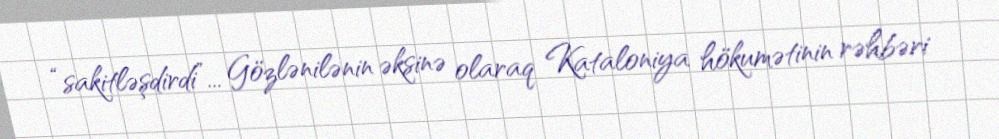
“sakitləşdirdi”... Gözlənilənin əksinə olaraq Kataloniya hökumətinin rəhbəri